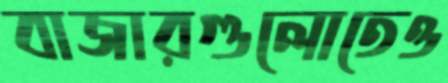
বাজারগুলোতেও